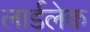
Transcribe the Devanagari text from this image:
लार्डलेक